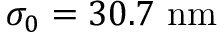
\sigma _ { 0 } = 3 0 . 7 \ \mathrm { n m }